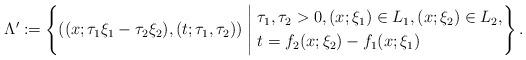
LaTeX: \begin{align*}\Lambda'\coloneqq \left\{((x;\tau_1\xi_1-\tau_2\xi_2),(t;\tau_1,\tau_2))\; \middle| \;\begin{aligned}& \tau_1, \tau_2>0, (x;\xi_1) \in L_1, (x;\xi_2) \in L_2, \\& t=f_2(x;\xi_2)-f_1(x;\xi_1)\end{aligned}\right\}.\end{align*}